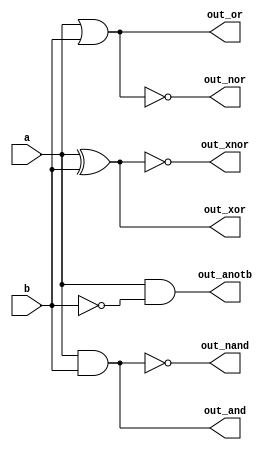
// This program was cloned from: https://github.com/viduraakalanka/HDL-Bits-Solutions
// License: The Unlicense

module top_module( 
    input a, b,
    output out_and,
    output out_or,
    output out_xor,
    output out_nand,
    output out_nor,
    output out_xnor,
    output out_anotb
);
	assign out_and   = a && b;
    assign out_or    = a || b;
    assign out_xor   = a ^ b;
    assign out_nand  = ~(a&&b);
    assign out_nor   = ~(a||b);
    assign out_xnor  = ~(a^b);
    assign out_anotb =  a&&~b;
endmodule